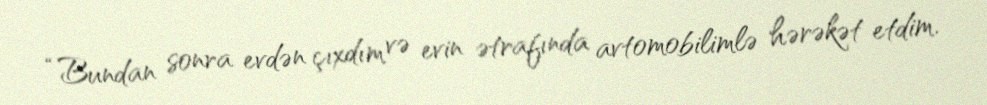
“Bundan sonra evdən çıxdım və evin ətrafında avtomobilimlə hərəkət etdim.